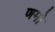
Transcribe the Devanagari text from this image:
णमो